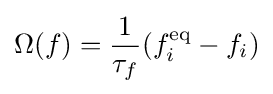
\Omega (f)={\frac {1}{\tau _{f}}}(f_{i}^{\text{eq}}-f_{i})